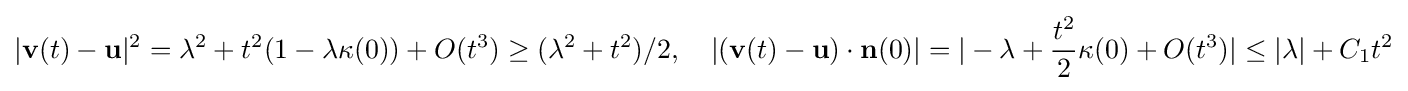
\displaystyle {|\mathbf {v} (t)-\mathbf {u} |^{2}=\lambda ^{2}+t^{2}(1-\lambda \kappa (0))+O(t^{3})\geq (\lambda ^{2}+t^{2})/2,\,\,\,\,\,\,|(\mathbf {v} (t)-\mathbf {u} )\cdot \mathbf {n} (0)|=|-\lambda +{t^{2} \over 2}\kappa (0)+O(t^{3})|\leq |\lambda |+C_{1}t^{2}}